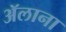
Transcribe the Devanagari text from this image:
ॲलाना